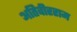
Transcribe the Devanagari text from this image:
अतिवीरराम